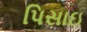
પિસાઇ